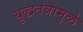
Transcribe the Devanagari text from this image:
युद्धतंत्रामुळे